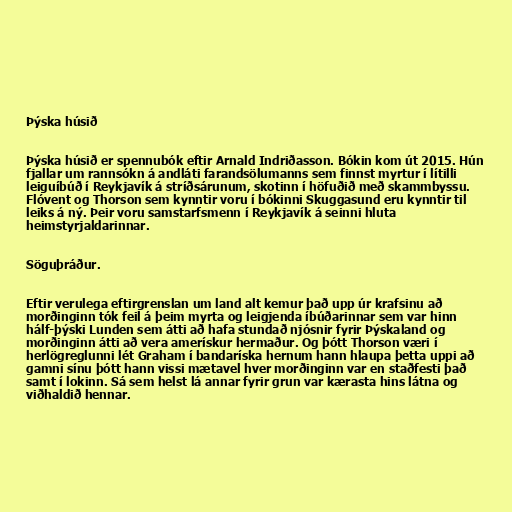
Þýska húsið

Þýska húsið er spennubók eftir Arnald Indriðasson. Bókin kom út 2015. Hún
fjallar um rannsókn á andláti farandsölumanns sem finnst myrtur í lítilli
leiguíbúð í Reykjavík á stríðsárunum, skotinn í höfuðið með skammbyssu.
Flóvent og Thorson sem kynntir voru í bókinni Skuggasund eru kynntir til
leiks á ný. Þeir voru samstarfsmenn í Reykjavík á seinni hluta
heimstyrjaldarinnar.

Söguþráður.

Eftir verulega eftirgrenslan um land alt kemur það upp úr krafsinu að
morðinginn tók feil á þeim myrta og leigjenda íbúðarinnar sem var hinn
hálf-þýski Lunden sem átti að hafa stundað njósnir fyrir Þýskaland og
morðinginn átti að vera amerískur hermaður. Og þótt Thorson væri í
herlögreglunni lét Graham í bandaríska hernum hann hlaupa þetta uppi að
gamni sínu þótt hann vissi mætavel hver morðinginn var en staðfesti það
samt í lokinn. Sá sem helst lá annar fyrir grun var kærasta hins látna og
viðhaldið hennar.